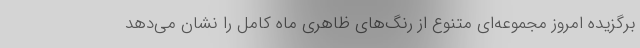
برگزیده امروز مجموعه‌ای متنوع از رنگ‌های ظاهری ماه کامل را نشان می‌دهد